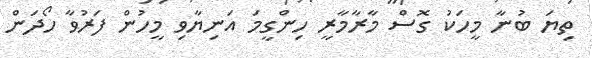
ތިޔަ ބުނާ މީހަކު ގޮސް މާރާމާރީ ހިންގީމަ އަނިޔާވި މީހުން ފަރުވާ ހޯދަން